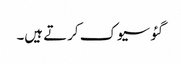
گئو سیوک کرتے ہیں۔